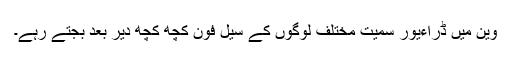
وین میں ڈراءیور سمیت مختلف لوگوں کے سیل فون کچھ کچھ دیر بعد بجتے رہے۔